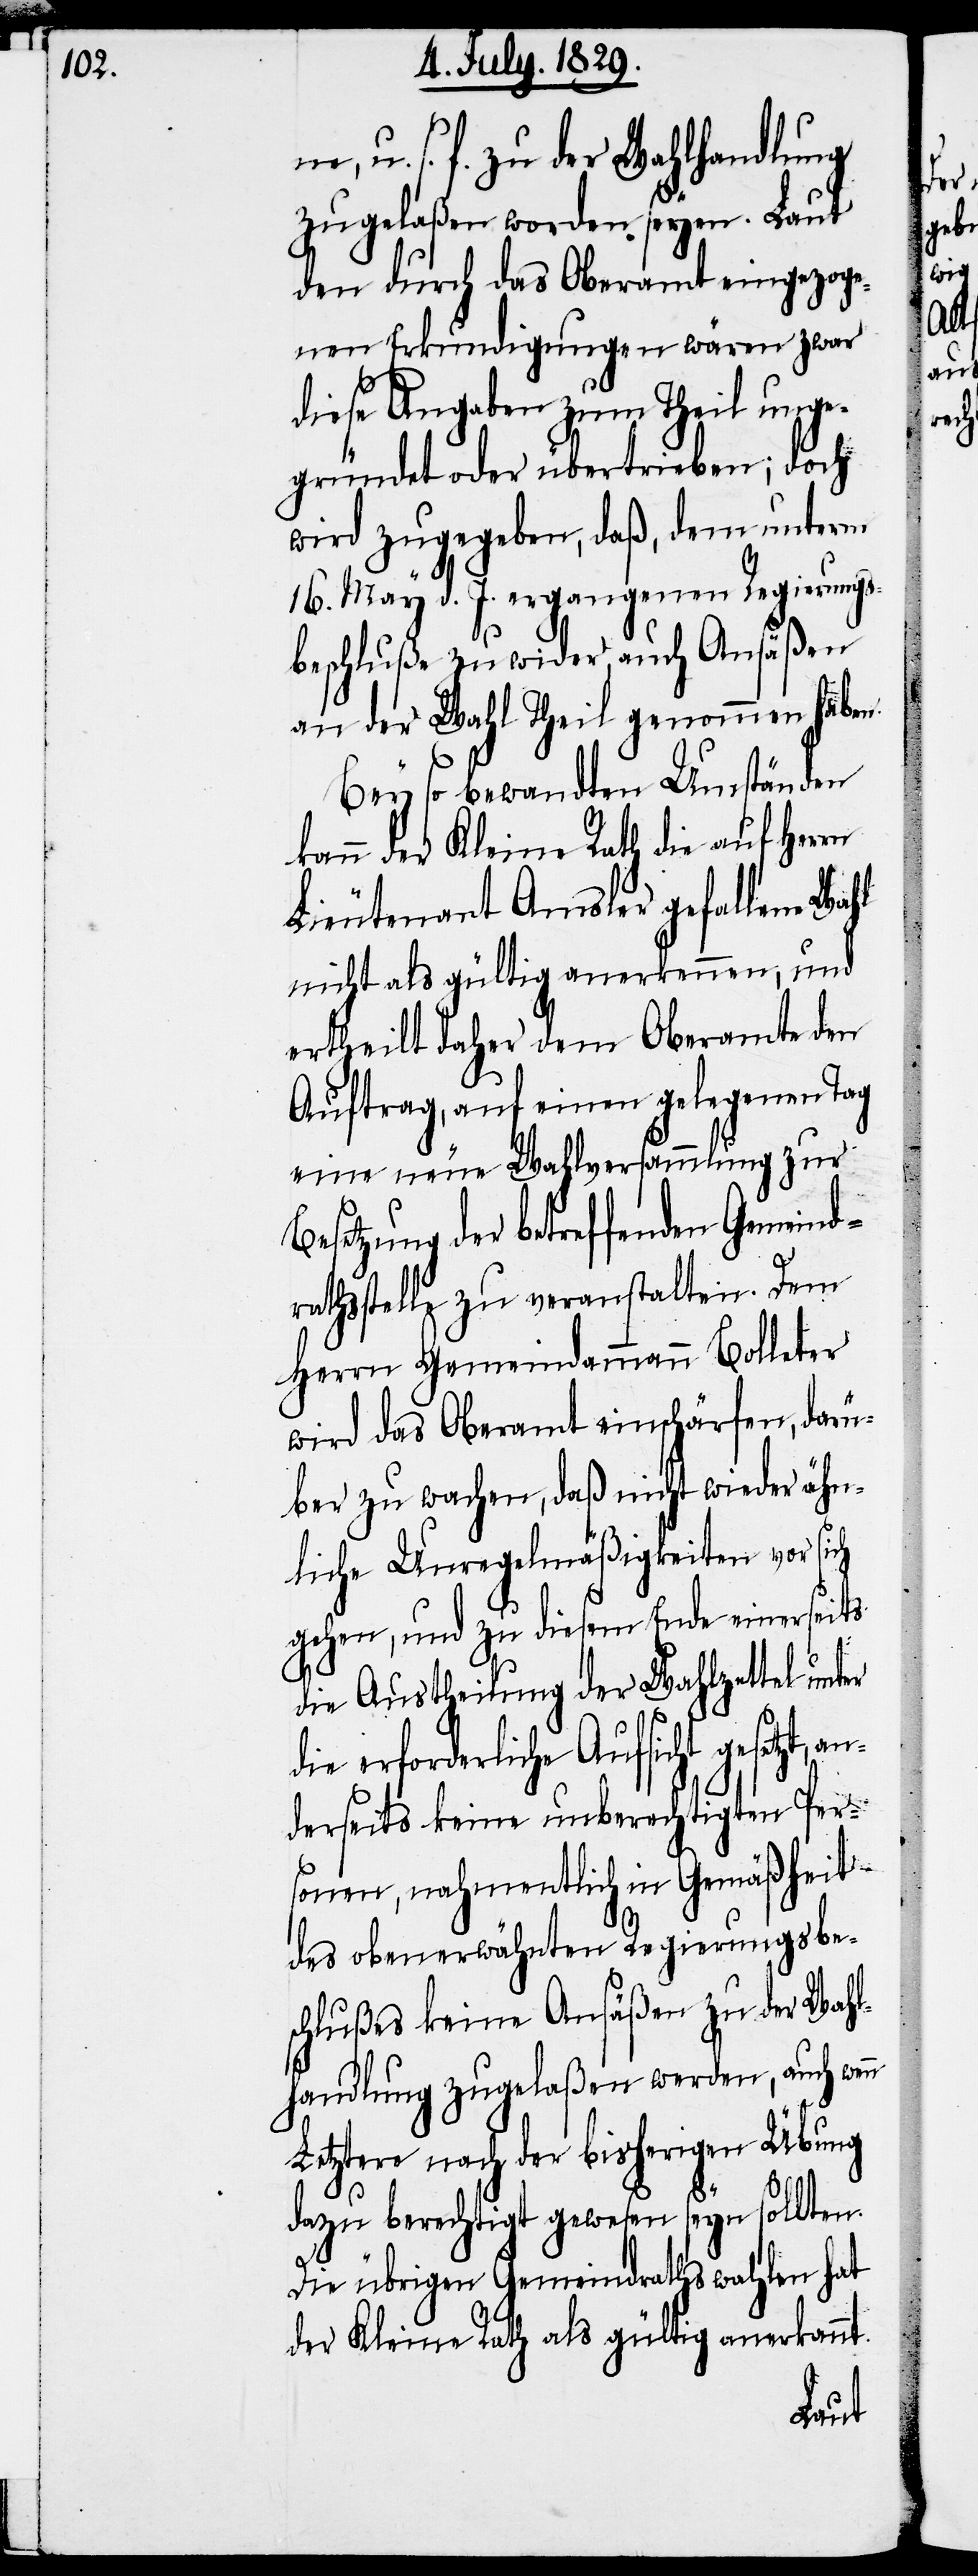
u. s. f. zu der Wahlhandlung
zugelaßen worden seyen. Laut
den durch das Oberamt eingezoge¬
nen Erkundigungen wären zwar
diese Angaben zum Theil unge¬
gründet oder übertrieben; doch
wird zugegeben, daß, dem unterm
16. May d. J. ergangenen Regierungs¬
beschluße zuwider, auch Ansäßen
an der Wahl Theil genommen haben.
Bey so bewandten Umständen
kann der Kleine Rath die auf Herrn
Lieutenant Amsler gefallene Wahl
nicht als gültig anerkennen, und
ertheilt daher dem Oberamte den
Auftrag, auf einen gelegenen Tag
eine neue Wahlversammlung zur
etzung der betreffenden Gemeindr¬
athsstelle zu veranstalten. Dem
Herrn Gemeindammann Bolleter
wird das Oberamt einschärfen, darü¬
ber zu wachen, daß nicht wieder ähn¬
liche Unregelmäßigkeiten vor sich
gehen, und zu diesem Ende einerseits
die Austheilung der Wahlzettel unter
die erforderliche Aufsicht gesetzt,
derseits keine unberechtigten Per¬
sonen, nahmentlich in Gemäßheit
des obenerwähnten Regierungsbe¬
schlußes keine Ansäßen zu der Wahl¬
handlung zugelaßen werden, auch wenn
Letztere nach der bisherigen Übung
dazu berechtigt gewesen seyn sollten.
Die übrigen Gemeindrathswahlen hat
der Kleine Rath als gültig anerkannt.
an¬